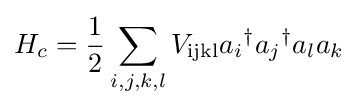
H_{c}={\frac {1}{2}}\sum _{i,j,k,l}V_{\text{ijkl}}a_{i}{}^{\dagger }a_{j}{}^{\dagger }a_{l}a_{k}